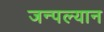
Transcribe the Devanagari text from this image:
जन्पल्यान